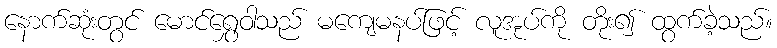
နောက်ဆုံးတွင် မောင်ရွှေဝါသည် မကျေမနပ်ဖြင့် လူအုပ်ကို တိုး၍ ထွက်ခဲ့သည်။